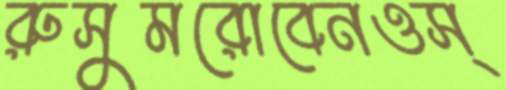
রুসুমরোবেনওস্